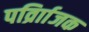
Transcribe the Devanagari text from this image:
पर्व्राािजक